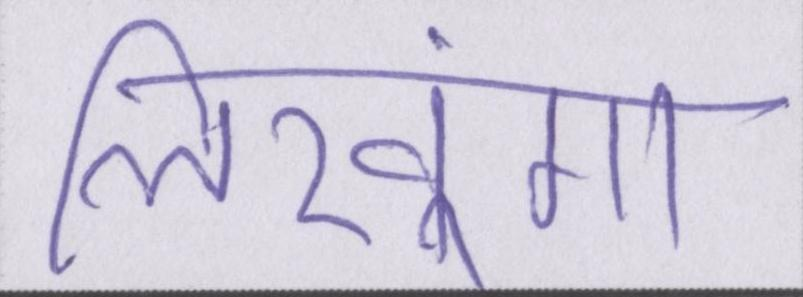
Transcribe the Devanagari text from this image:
लिखूंगा